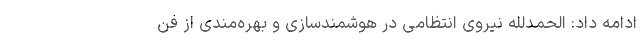
ادامه داد: الحمدلله نیروی انتظامی در هوشمندسازی و بهره‌مندی از فن